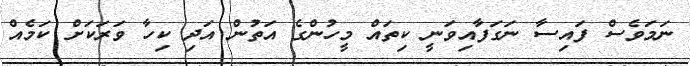
ނަމަވެސް ފައިސާ ނަގަފާއިވަނީ ކިތައް މީހުންގެ އަތުން އަދި ކިހާ ވަރަކަށް ކަމެއް